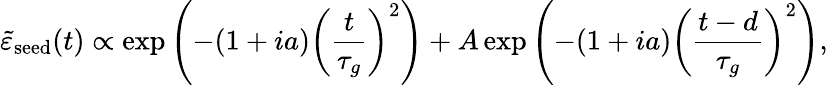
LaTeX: \tilde{\varepsilon}_{\mathrm{seed}}(t)\propto\exp{\left(-(1+ia)\left(\frac{t}{\tau_{g}}\right)^{2}\right)}+A\exp{\left(-(1+ia)\left(\frac{t-d}{\tau_{g}}\right)^{2}\right)},